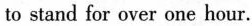
to stand for over one hour.